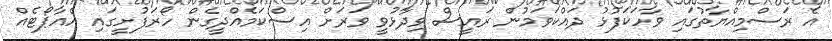
އެ ރަސްމިއްޔާތުގައި ވާހަކަފުޅު ދައްކަވަމުން ރައީސް ވިދާޅުވީ ވަރަށް އިސްކަމެއްދީގެން ހޯރަފުށީގައި އެއާޕޯޓެއް